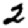
Digit: 2